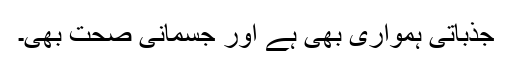
جذباتی ہمواری بھی ہے اور جسمانی صحت بھی۔